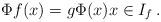
LaTeX: \begin{align*}\Phi f(x) = g \Phi(x) x\in I_f\,.\end{align*}